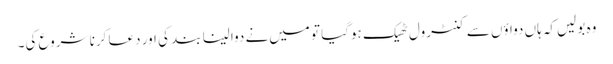
وہ بولیں‌کہ ہاں دواؤں سے کنٹرول ٹھیک ہوگیا تو میں‌نے دوا لینا بند کی اور دعا کرنا شروع کی۔